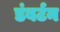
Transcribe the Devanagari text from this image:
डंबर्टन